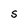
Character: S